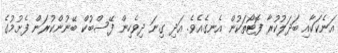
އަނެކަކާއި ބަދަލުކުރާ ފޮޓޯތަކުން އެނގެއެވެ. އަދި ގިނަ ދިވެހިން ފޭސްބުކް ބޭނުންކުރަން ފެށުމުގެ